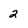
Character: 2